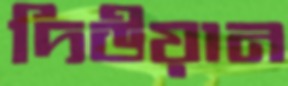
দিউয়ান